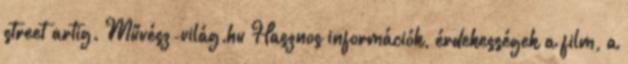
street artig. Művész-világ.hu Hasznos információk, érdekességek a film, a